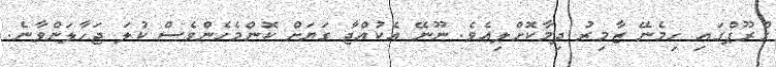
ގްރޫޕްގައި ހިމެނޭ ޒާމިރު ދިމާކޮށްލިއެވެ. ނޫނޭ އެކުއްޖާ ގަޔަށް ކޮންމެހެންވެސް ކުލަ ޖަހާލަންވާނެ.